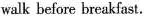
walk before breakfast.